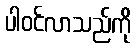
ပါဝင်လာသည်ကို